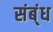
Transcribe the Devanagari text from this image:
संब्ंध